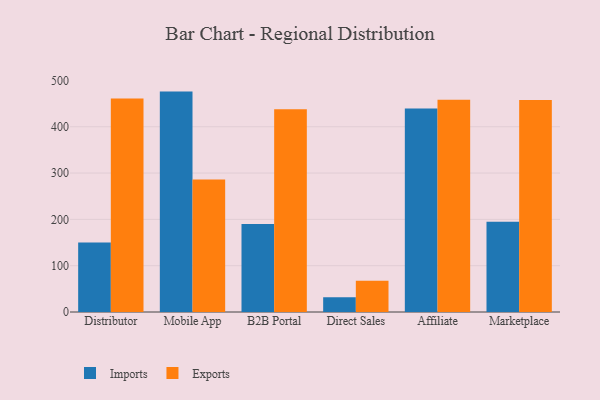
{"axis": {"x": "Channel", "y": "Inventory Turnover"}, "legend": ["Exports", "Imports"], "data": [{"x": "Distributor", "y": 149.9, "type": "Imports"}, {"x": "Distributor", "y": 460.8, "type": "Exports"}, {"x": "Mobile App", "y": 475.9, "type": "Imports"}, {"x": "Mobile App", "y": 286.0, "type": "Exports"}, {"x": "B2B Portal", "y": 190.2, "type": "Imports"}, {"x": "B2B Portal", "y": 438.0, "type": "Exports"}, {"x": "Direct Sales", "y": 31.9, "type": "Imports"}, {"x": "Direct Sales", "y": 67.4, "type": "Exports"}, {"x": "Affiliate", "y": 439.4, "type": "Imports"}, {"x": "Affiliate", "y": 458.4, "type": "Exports"}, {"x": "Marketplace", "y": 195.1, "type": "Imports"}, {"x": "Marketplace", "y": 458.0, "type": "Exports"}]}